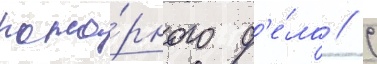
пожа́рного д'е́ла // С